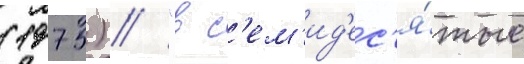
(1975) // "в с'ем'ид'ес'я́тые